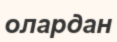
олардан